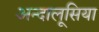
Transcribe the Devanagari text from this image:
अन्दालूसिया